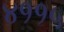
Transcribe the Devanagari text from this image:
४११५